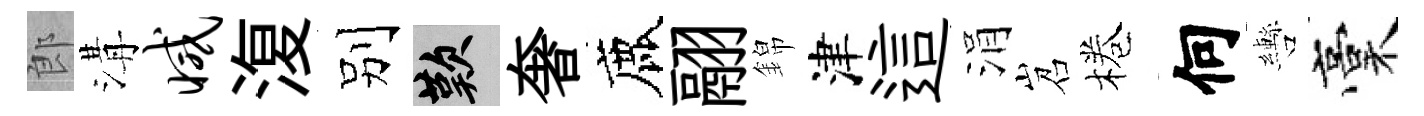
郎溝减𣸪别嘆奢鹿翮錦津這涓岧棬何轡稾